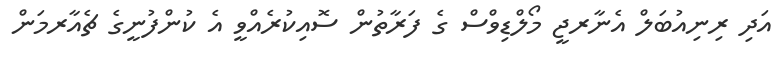
އަދި ރިނިއުބަލް އެނާރޖީ މޯލްޑިވްސް ގެ ފަރާތުން ސޮއިކުރެއްވީ އެ ކުންފުނީގެ ޗެއާރމަން